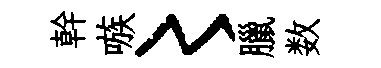
幹嗾〻臘数